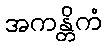
အကန္တိကံ